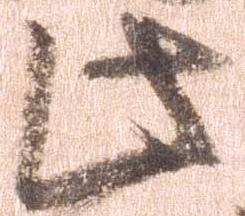
此